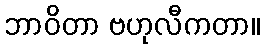
ဘာဝိတာ ဗဟုလီကတာ။